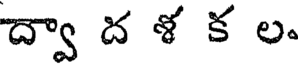
ద్వా ద ళ క ల.